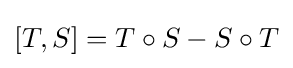
[T,S]=T\circ S-S\circ T